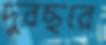
দুবছরে